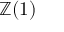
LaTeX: \mathbb { Z } ( 1 )